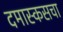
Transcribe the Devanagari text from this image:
दमास्कसचा